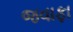
જવાફા